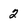
Character: 2